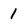
Character: 1